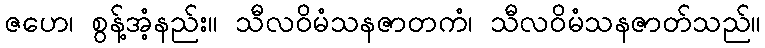
ဇဟေ၊ စွန့်အံ့နည်း။ သီလဝိမံသနဇာတကံ၊ သီလဝိမံသနဇာတ်သည်။